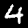
Digit: 4